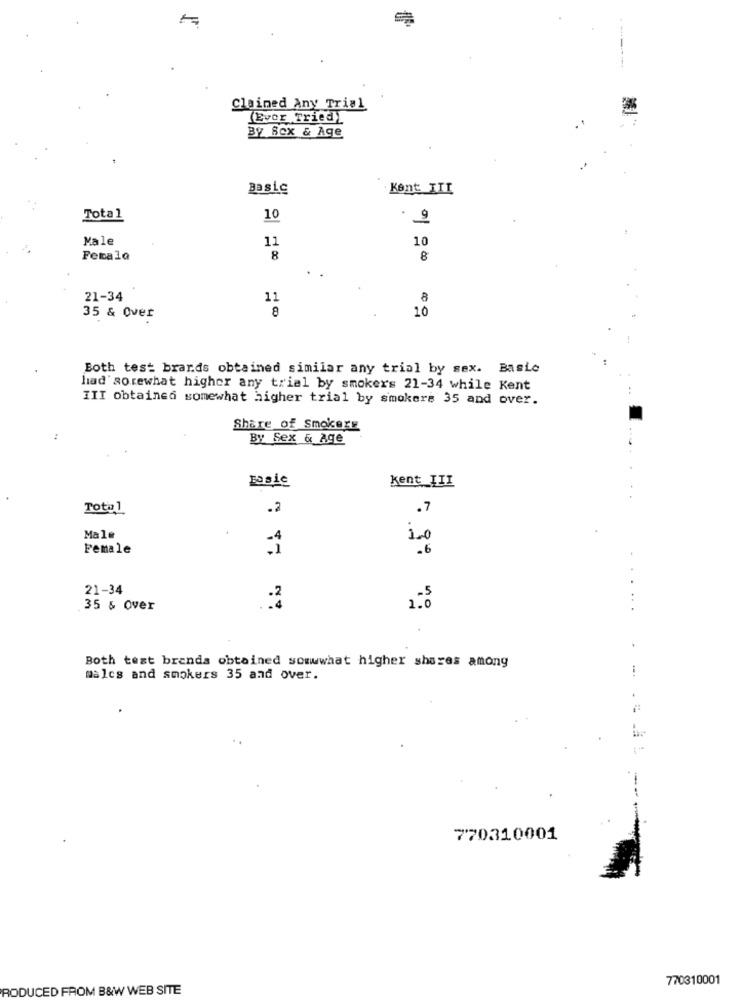
Claimed Any Trial
(Ever Tried)
By Sex & Age
Basic
Kent III
Total
10
. 9
Male
11
10
Femala
8
8
21-34
11
8
35 & Over
8
10
Both test brands obtained similar any trial by sex. Basic
had sorewhat higher any trial by smokers 21-34 while Kent
III obtained somewhat higher trial by smokers 35 and over.
Share of Smokers
By Sex & Age
Basic
kent_III
Total
.2
.7
Male
100
Female
.6
21-34
-2
1.0
35 & Over
Both test brands obtained somwwhat higher shares among
males and smokers 35 and over.
770310001
770310001
PRODUCED FROM B&W WEB SITE